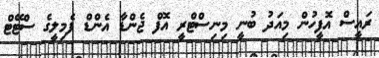
ރައީސް އޮފީހުން މިއަދު ބުނީ މިނިސްޓްރީ އޮފް ޖެންޑާ އެންޑް ފެމިލީގެ ސްޓޭޓް